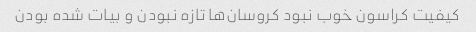
کیفیت کراسون خوب نبود کروسان‌ها تازه نبودن و بیات شده بودن